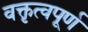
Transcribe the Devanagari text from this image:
वक्तृत्वपूर्ण